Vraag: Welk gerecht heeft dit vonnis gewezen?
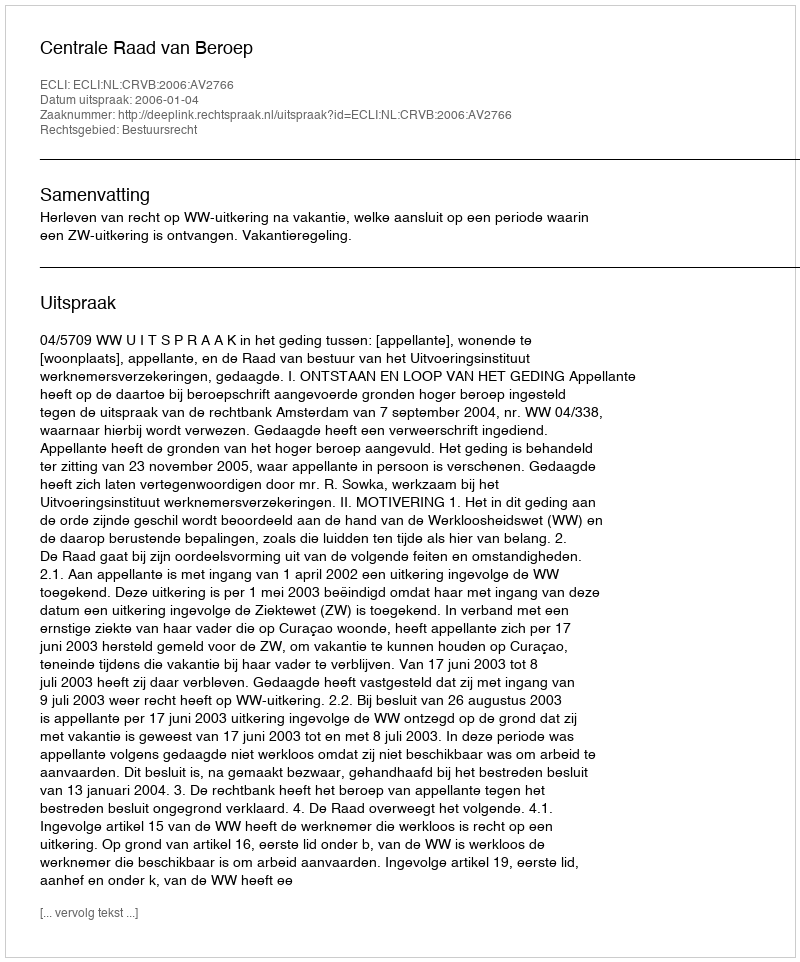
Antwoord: Centrale Raad van Beroep